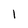
Character: I